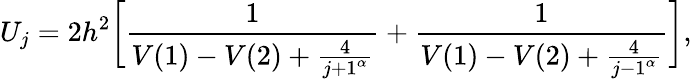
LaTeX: U_{j}=2h^{2}\bigg[\frac{1}{V(1)-V(2)+\frac{4}{{j+1}^{\alpha}}}+\frac{1}{V(1)-V(2)+\frac{4}{{j-1}^{\alpha}}}\bigg],